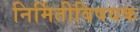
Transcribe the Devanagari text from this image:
निर्मितीविषयक